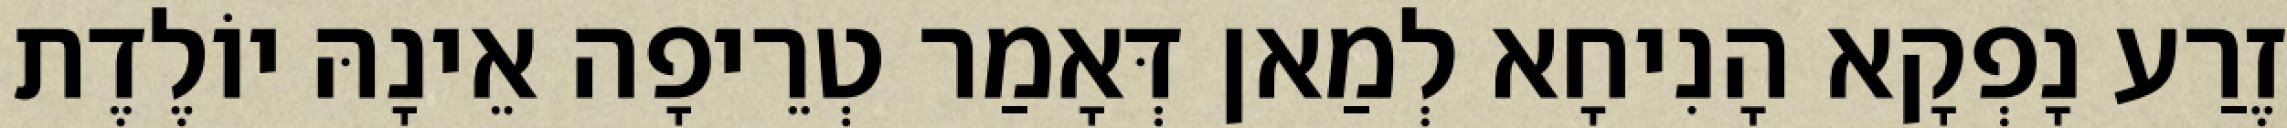
זֶרַע נָפְקָא הָנִיחָא לְמַאן דְּאָמַר טְרֵיפָה אֵינָהּ יוֹלֶדֶת